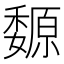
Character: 𡤍